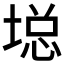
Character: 𱗖